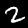
Label: 2